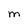
Character: M